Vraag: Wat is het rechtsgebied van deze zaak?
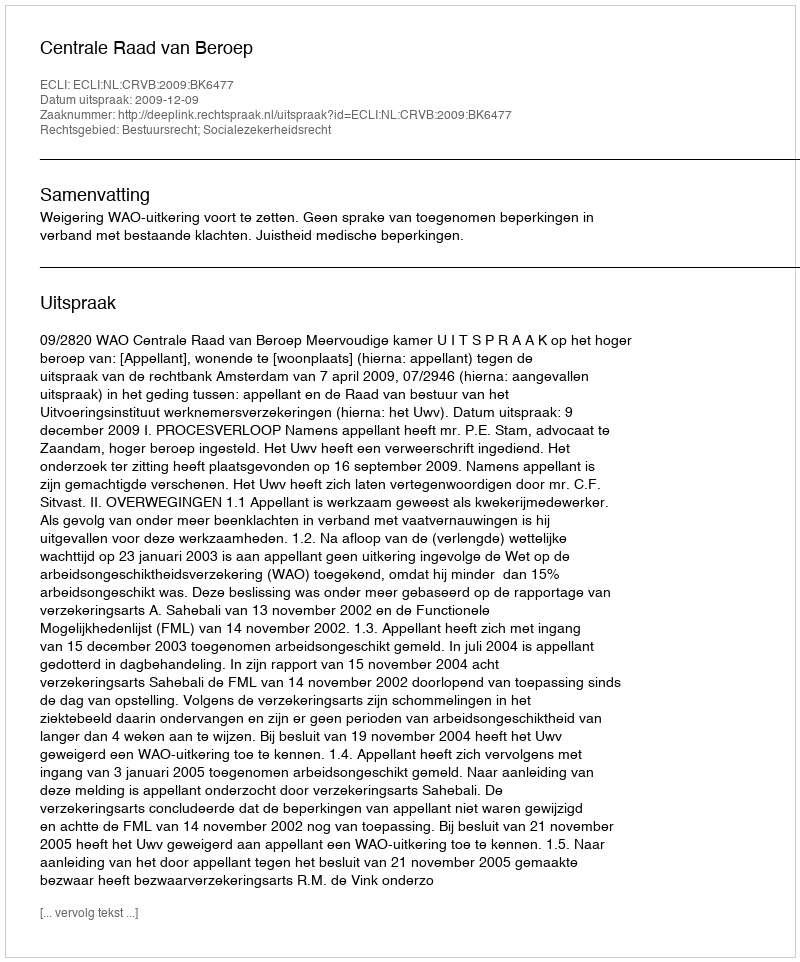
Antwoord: Bestuursrecht; Socialezekerheidsrecht